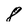
Character: 8